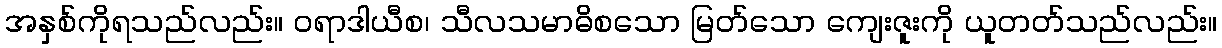
အနှစ်ကိုရသည်လည်း။ ဝရာဒါယီစ၊ သီလသမာဓိစသော မြတ်သော ကျေးဇူးကို ယူတတ်သည်လည်း။